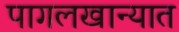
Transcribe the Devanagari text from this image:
पागलखान्यात